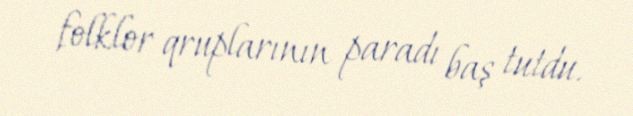
folklor qruplarının paradı baş tutdu.